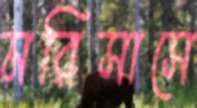
মরিসাসে